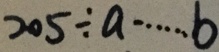
2 0 5 \div a \cdots b